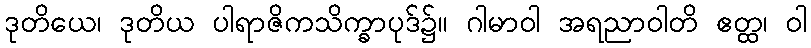
ဒုတိယေ၊ ဒုတိယ ပါရာဇိကသိက္ခာပုဒ်၌။ ဂါမာဝါ အရညာဝါတိ ဧတ္ထ၊ ဝါ